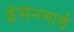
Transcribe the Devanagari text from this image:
ईसेनगार्ड